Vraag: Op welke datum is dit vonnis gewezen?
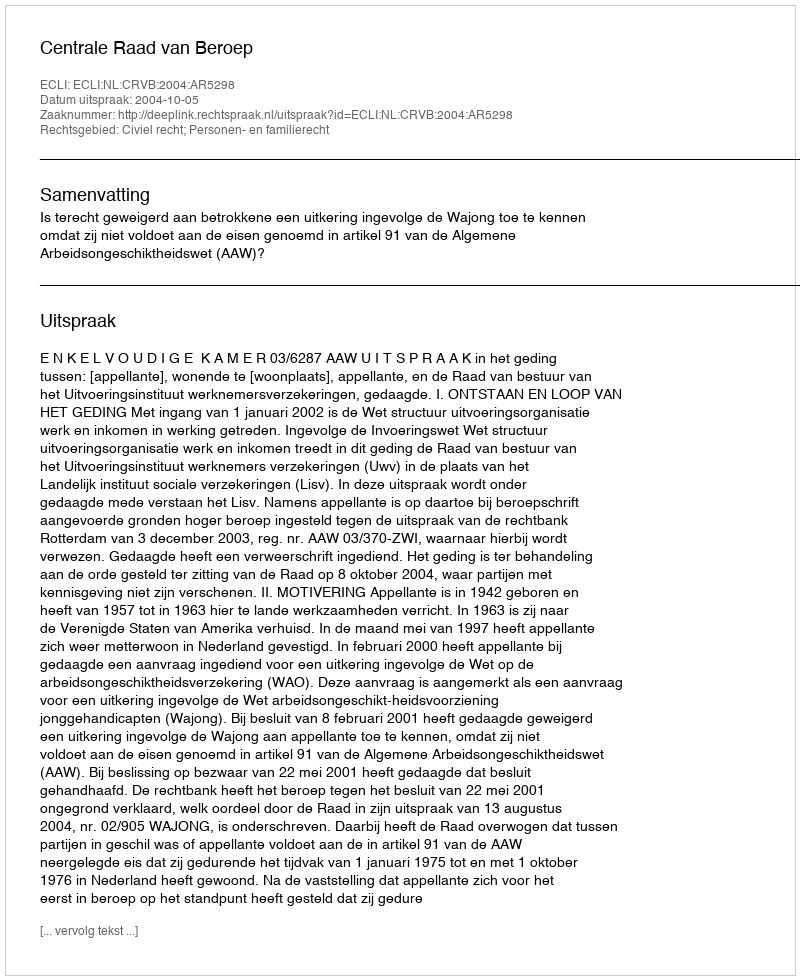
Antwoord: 2004-10-05